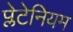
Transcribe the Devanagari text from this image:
प्लेटेनियम